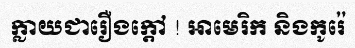
ក្លាយជារឿងក្តៅ ! អាមេរិក និងកូរ៉េ